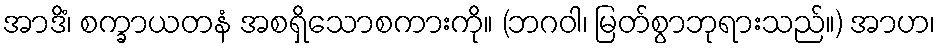
အာဒိံ၊ စက္ခာယတနံ အစရှိသောစကားကို။ (ဘဂဝါ၊ မြတ်စွာဘုရားသည်။) အာဟ၊